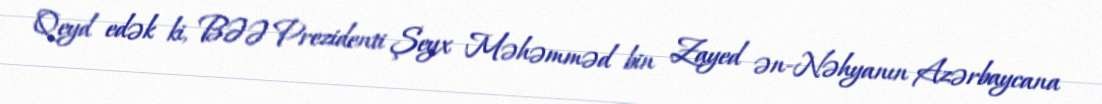
Qeyd edək ki, BƏƏ Prezidenti Şeyx Məhəmməd bin Zayed ən-Nəhyanın Azərbaycana